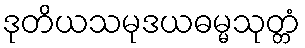
ဒုတိယသမုဒယဓမ္မသုတ္တံ